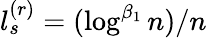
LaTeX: l_{s}^{(r)}=(\log^{\beta_{1}}n)/n